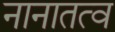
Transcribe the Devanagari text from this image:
नानातत्व